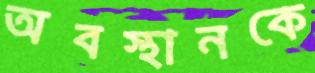
অবস্থানকে